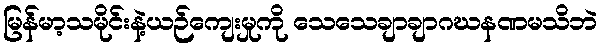
မြန်မာ့သမိုင်းနဲ့ယဉ်ကျေးမှုကို သေသေချာချာဂဃနဏမသိဘဲ